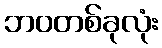
ဘဝတစ်ခုလုံး